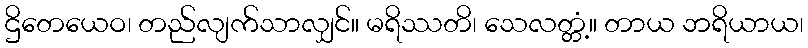
ဌိတေယေဝ၊ တည်လျက်သာလျှင်။ မရိဿတိ၊ သေလတ္တံ့။ တာယ ဘရိယာယ၊